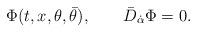
LaTeX: \begin{align*}\Phi(t,x,\theta, \bar\theta),\qquad \bar D_{\dot\alpha} \Phi = 0.\end{align*}